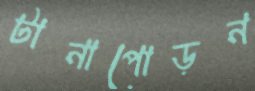
টানাপোড়ন